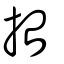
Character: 抬